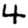
Digit: 4